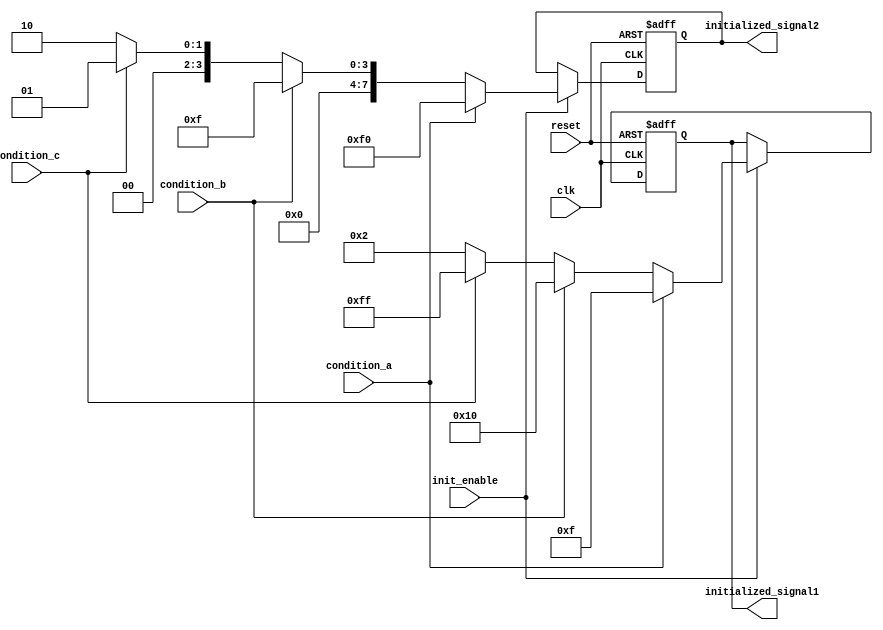
module conditional_initialization (
    input wire clk,               // Clock signal
    input wire reset,             // Reset signal
    input wire init_enable,       // Control signal for initialization
    input wire condition_a,       // First condition signal
    input wire condition_b,       // Second condition signal
    input wire condition_c,       // Third condition signal
    output reg [7:0] initialized_signal1, // Initialized signal 1
    output reg [7:0] initialized_signal2  // Initialized signal 2
);

    // Initialize the signals to known values
    initial begin
        initialized_signal1 = 8'b00000000;
        initialized_signal2 = 8'b00000000;
    end

    // Sequential logic for conditional initialization
    always @(posedge clk or posedge reset) begin
        if (reset) begin
            // Clear initialized signals on a reset
            initialized_signal1 <= 8'b00000000;
            initialized_signal2 <= 8'b00000000;
        end else if (init_enable) begin
            // Check conditions to initialize signals
            if (condition_a) begin
                initialized_signal1 <= 8'b00001111; // Example value for condition A
                initialized_signal2 <= 8'b11110000; // Example value for condition A
            end else if (condition_b) begin
                initialized_signal1 <= 8'b00010000; // Example value for condition B
                initialized_signal2 <= 8'b00001111; // Example value for condition B
            end else if (condition_c) begin
                initialized_signal1 <= 8'b11111111; // Example value for condition C
                initialized_signal2 <= 8'b00000001; // Example value for condition C
            end else begin
                // Default initialization values when no condition is met
                initialized_signal1 <= 8'b00000010; // Default value
                initialized_signal2 <= 8'b00000010; // Default value
            end
        end
    end

endmodule